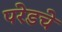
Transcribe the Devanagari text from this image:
परेडचे